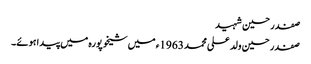
صفدر حسین شہید
صفدر حسین ولد علی محمد 1963ء میں شیخوپورہ میں پیدا ہوئے۔